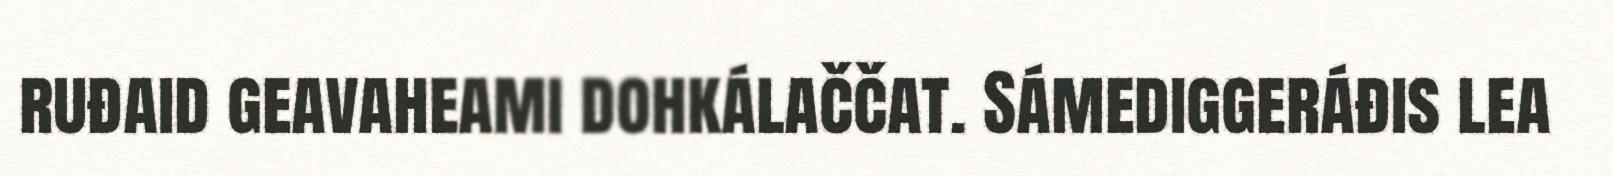
ruđaid geavaheami dohkálaččat. Sámediggeráđis lea